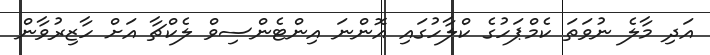
އަދި މާލެ ނުވަތަ ކެމްޕަހުގެ ކްލާހުގައި އޮންނަ އިންޓެންސިވް ލެކްޗާ އަށް ހާޒިރުވާން